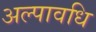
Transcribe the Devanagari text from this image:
अल्‍पावधि